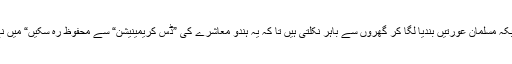
ہندوستان کے مسلمان زندہ رہنے کیلئے ماتھے پر تلک لگانے پر مجبور ہیں جبکہ مسلمان عورتیں بندیا لگا کر گھروں سے باہر نکلتی ہیں تا کہ یہ ہندو معاشرے کی ”ڈس کریمینیشن“ سے محفوظ رہ سکیں“ میں نے اس وقت ان سے پوچھا تھا ”کیا آپ آزاد کشمیر کے حالات سے مطمئن ہیں؟